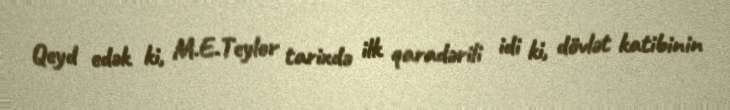
Qeyd edək ki, M.E.Teylor tarixdə ilk qaradərili idi ki, dövlət katibinin